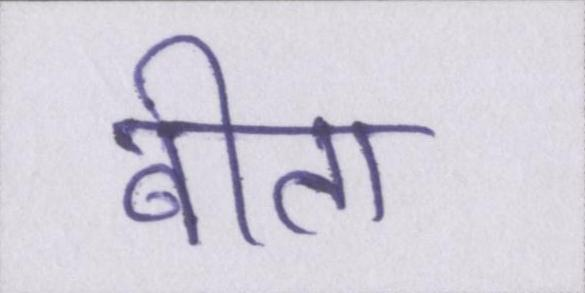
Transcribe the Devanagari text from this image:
बीता